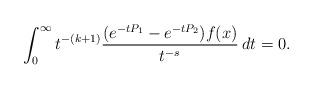
LaTeX: \begin{align*} \int_0^\infty t^{-(k+1)}\frac{(e^{-tP_1}-e^{-tP_2})f(x)}{t^{-s}}\,dt =0.\end{align*}